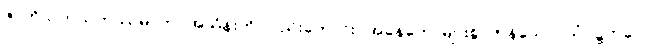
ဇာတိသတသဟဿမ္ပိ၊ ဘဝအသိန်းကို လည်းကောင်း။ အနေကေ၊ များစွာကုန်သော။ သံဝဋ္ဋကပ္ပေပိ၊